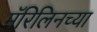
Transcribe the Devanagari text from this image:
मॅरिलिनच्या